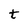
Character: t